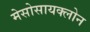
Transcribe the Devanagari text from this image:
मेसोसायक्लोन